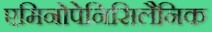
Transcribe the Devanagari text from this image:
एमिनोपेनिसिलैनिक